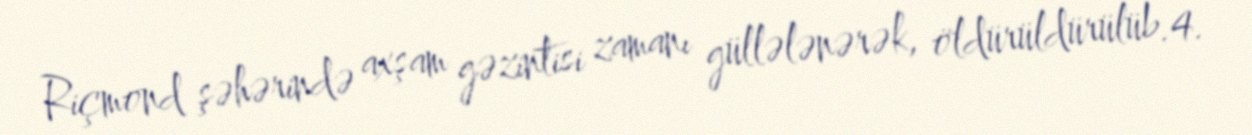
Riçmond şəhərində axşam gəzintisi zamanı güllələnərək, öldürüldürülüb.4.